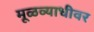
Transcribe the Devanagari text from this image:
मूळव्याधीवर